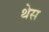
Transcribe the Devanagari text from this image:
थेस